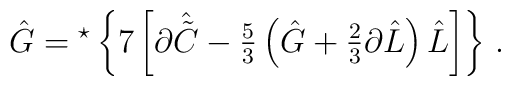
\hat{G}= {}^{\star}\left\{7\left[\partial\hat{\tilde{C}}-{\textstyle\frac{5}{3}}\left(\hat{G}+{\textstyle\frac{2}{3}}\partial \hat{L}\right)\hat{L} \right] \right\}\, .